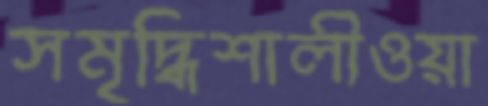
সমৃদ্ধিশালীওয়া